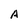
Character: A